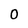
Character: 0